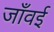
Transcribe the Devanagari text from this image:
जाँवई